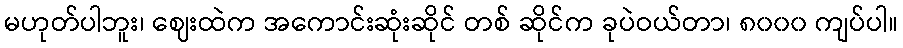
မဟုတ်ပါဘူး၊ ဈေးထဲက အကောင်းဆုံးဆိုင် တစ် ဆိုင်က ခုပဲဝယ်တာ၊ ၈၀၀၀ ကျပ်ပါ။